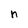
Character: n